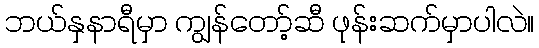
ဘယ်နှနာရီမှာ ကျွန်တော့်ဆီ ဖုန်းဆက်မှာပါလဲ။